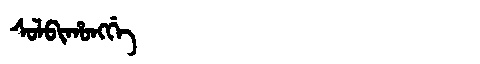
Manchu: ᠰᠣᠯᠪᡳᡥᠣᠩᡤᡝ
Romanization: SOLBIHONGGE